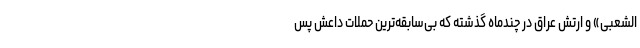
الشعبی» و ارتش عراق در چندماه گذشته که بی‌سابقه‌ترین حملات داعش پس